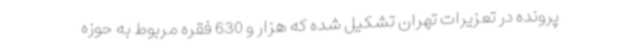
پرونده در تعزیرات تهران تشکیل شده که هزار و 630 فقره مربوط به حوزه